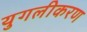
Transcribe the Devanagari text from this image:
युगलीकरण